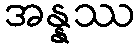
အန္နဿ